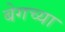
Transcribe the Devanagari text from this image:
बेगच्या